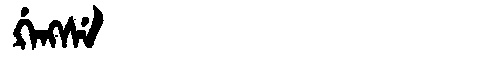
Manchu: ᡤ᠋ᠠᠩᠰᡝ
Romanization: G'ANGSE